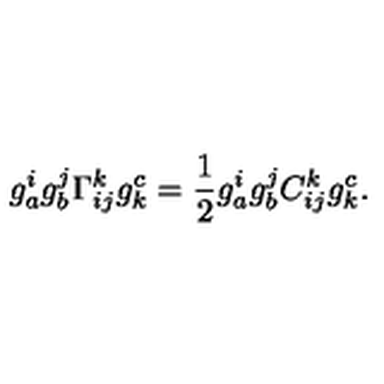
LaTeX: g _ { a } ^ { i } g _ { b } ^ { j } \Gamma _ { i j } ^ { k } g _ { k } ^ { c } = \frac { 1 } { 2 } g _ { a } ^ { i } g _ { b } ^ { j } C _ { i j } ^ { k } g _ { k } ^ { c } .